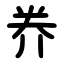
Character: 奍